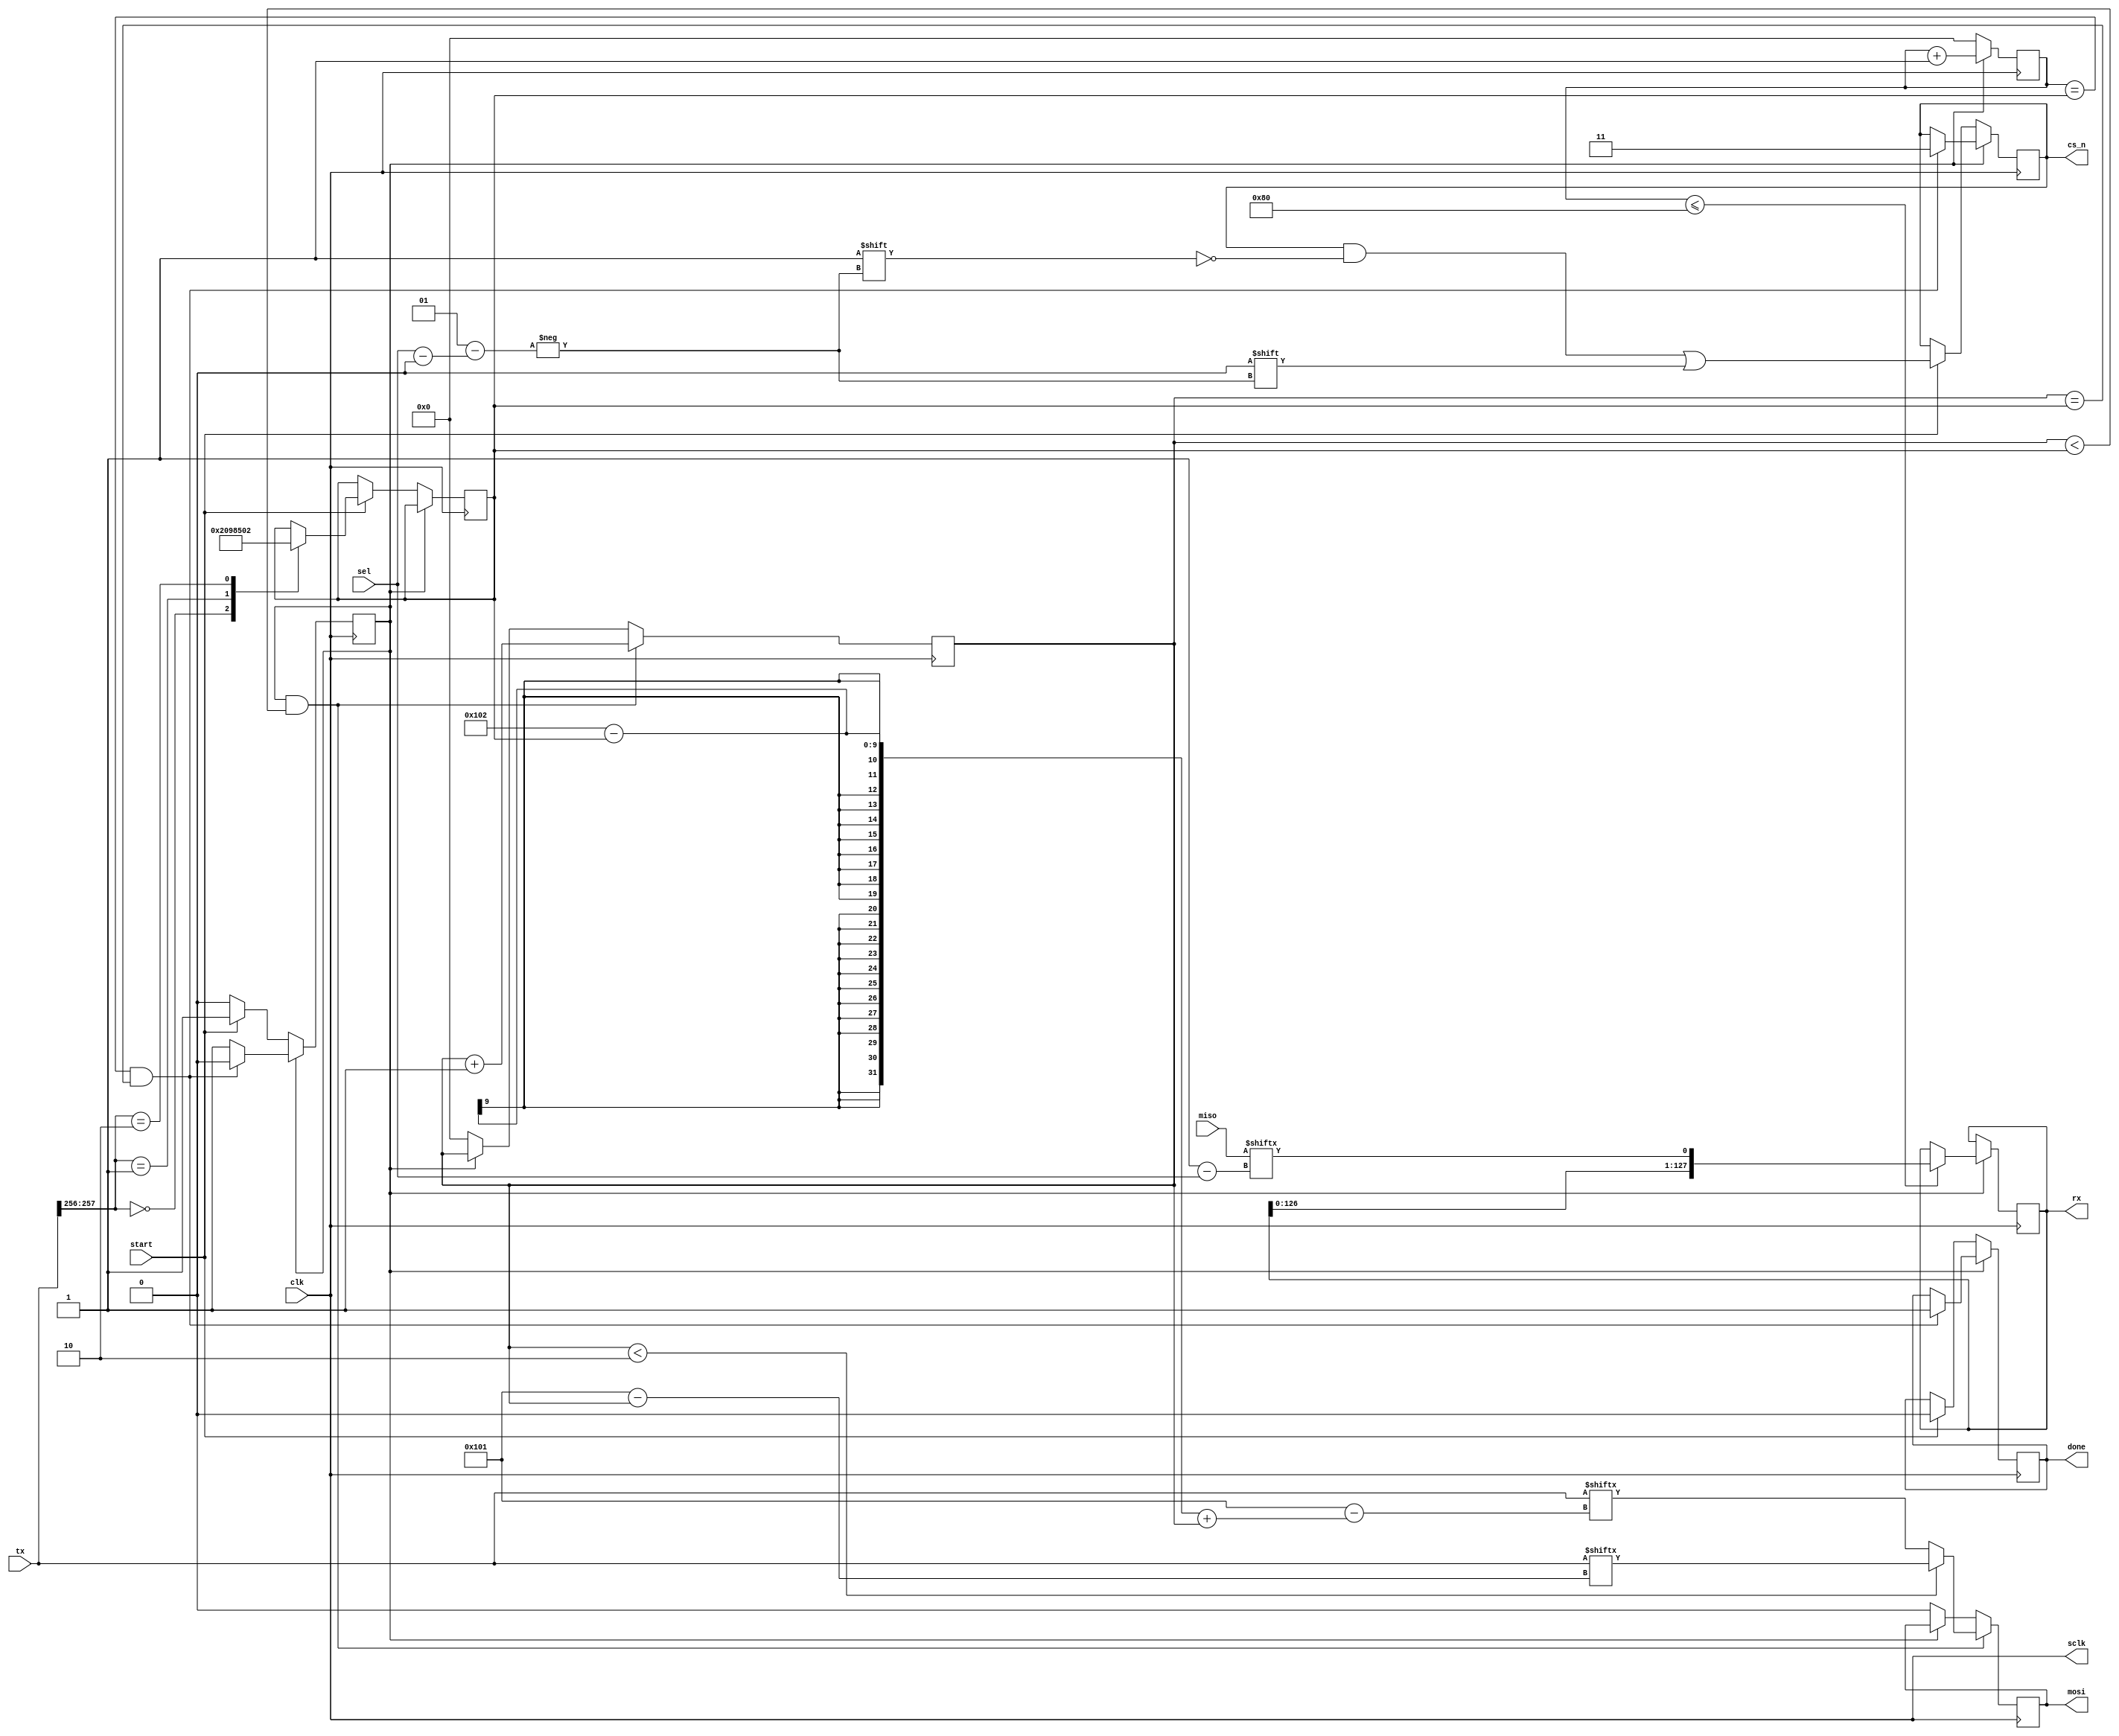
module SPI_Main (
    input clk,
    input [0:1]miso,
	input sel,
    input start,
    input [0:257] tx,
    output reg [0:127] rx,
    output reg [0:1]cs_n,
    output sclk,
    output reg mosi,
    output reg done
);


reg [8:0] tbit;
reg [8:0] rbit;
reg state; // 00 send/receive 1 done
reg [8:0]size;
initial begin
    state = 1'b0;
    tbit = 9'd0;
    rbit = 9'd0;
    rx = 0;
    size = 258;
end
assign sclk = clk;

always @(posedge clk) begin
//    sclk = ~sclk;
    if(state == 1'b0) begin//IDLE
        if(start == 1'b1) begin
            state = 1'b1;
            done = 0;
            cs_n[sel] = 1'b0;
            case(tx[0:1])
                2'b00: size = 130;
                2'b01: size = 194;
                2'b10: size = 258;
            endcase
        end
    end else begin// Send/receive
        if(rbit == size && tbit == size) begin
            done = 1;
            state = 1'd0;
            cs_n = 2'b11;
        end
    end
        
end


always @(posedge clk) begin
    if(state == 1'b1 && tbit < size)begin
        if(tbit < 2)
            mosi = tx[tbit];
        else
            mosi = tx[ 258 - size + tbit];
        tbit <= tbit + 1;
    end else if(state == 1'b0) begin //if(currbit == 4'd0) all 8 bits are sent
        mosi = 0;
        tbit = 9'd0;
    end
end

always @(negedge clk) begin
    if(state == 1'b1) begin
        rbit <= rbit + 1;
        if(rbit <= 9'd128)begin
            rx = {rx[1:127], miso[sel]};
        end
    end else if(state == 1'b0) begin
        rbit = 9'd0;
    end
end

endmodule